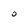
Character: 0